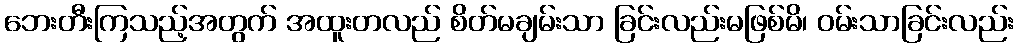
ဘေးတီးကြသည့်အတွက် အထူးတလည် စိတ်မချမ်းသာ ခြင်းလည်းမဖြစ်မိ၊ ဝမ်းသာခြင်းလည်း